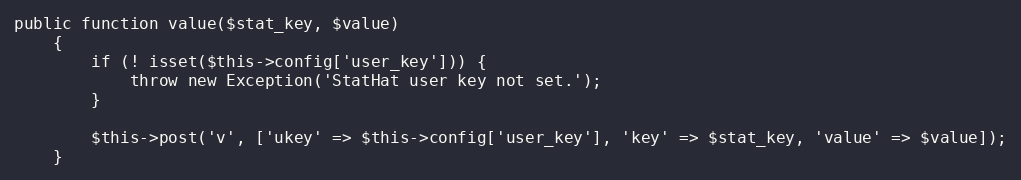
Language: PHP
public function value($stat_key, $value)
    {
        if (! isset($this->config['user_key'])) {
            throw new Exception('StatHat user key not set.');
        }

        $this->post('v', ['ukey' => $this->config['user_key'], 'key' => $stat_key, 'value' => $value]);
    }